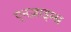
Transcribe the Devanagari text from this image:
एनज़ाइम्स